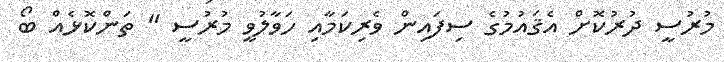
މުރުސީ ދުރުކޮށް އެޤައުމުގެ ސިފައިން ވެރިކަމާއި ހަވާލުވީ މުރުސީ " ތަންކޮޅެއް ބޯ